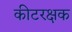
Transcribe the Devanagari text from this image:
कीटरक्षक